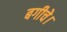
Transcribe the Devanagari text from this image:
बगीचे।